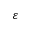
\varepsilon